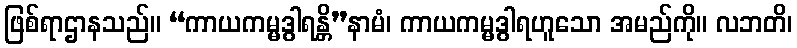
ဖြစ်ရာဌာနသည်။ “ကာယကမ္မဒွါရန္တိ”နာမံ၊ ကာယကမ္မဒွါရဟူသော အမည်ကို။ လဘတိ၊